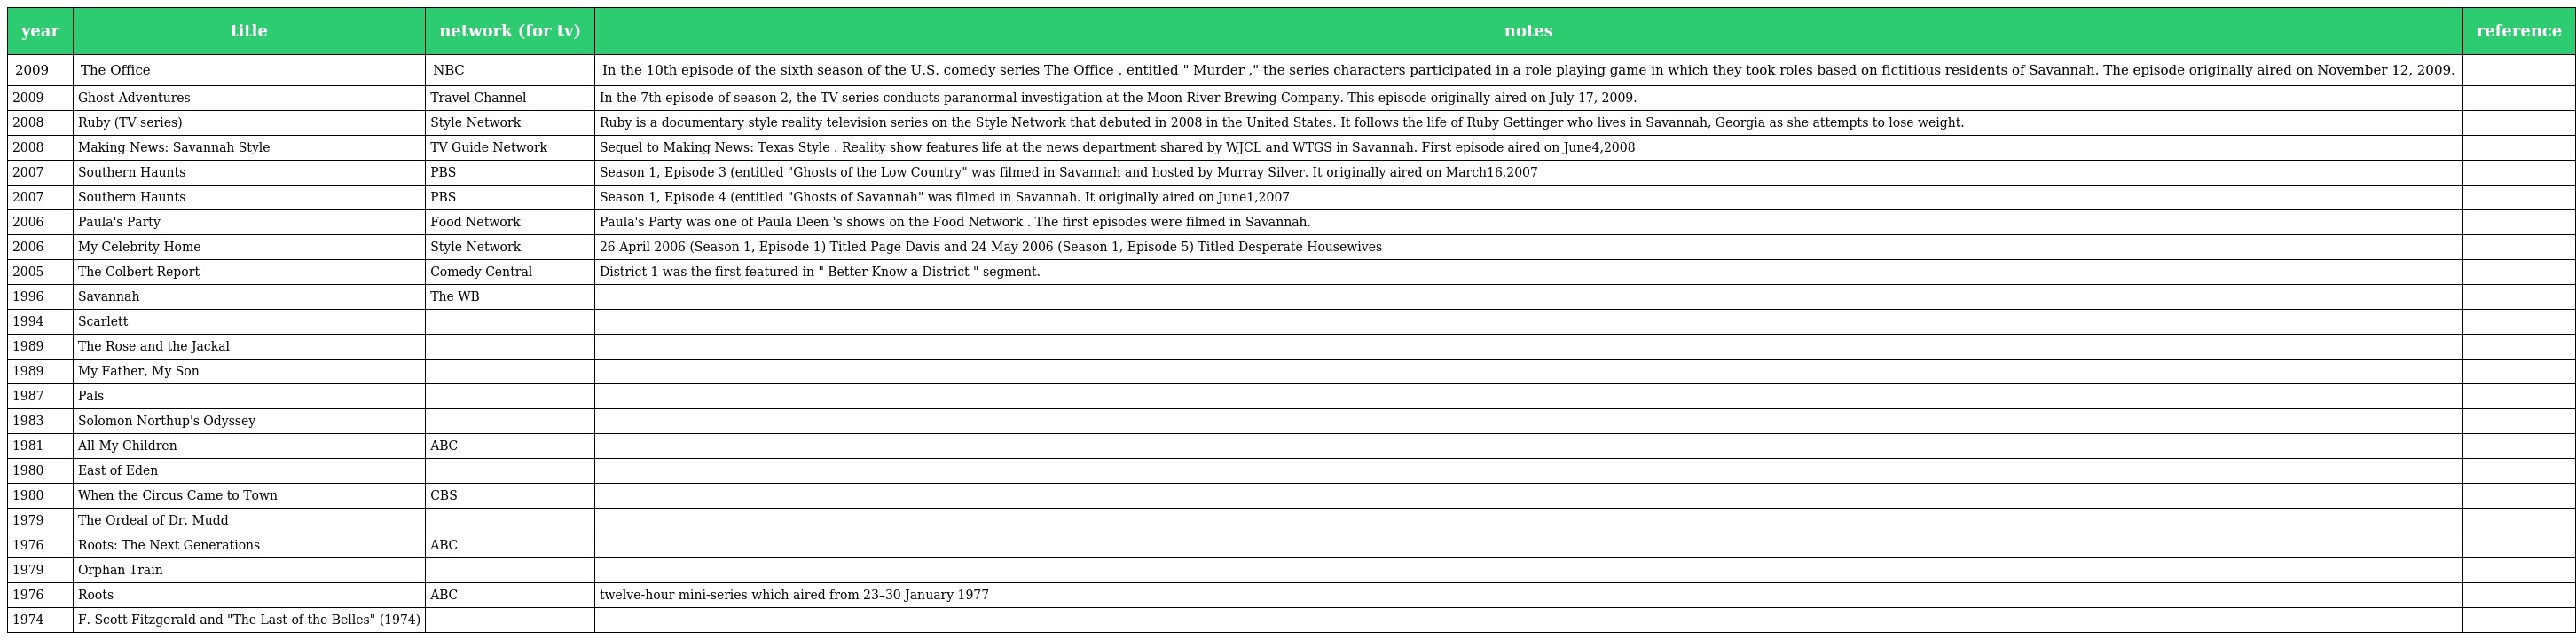
| year | title | network (for tv) | notes | reference |
 | --- | --- | --- | --- | --- |
 | 2009 | The Office | NBC | In the 10th episode of the sixth season of the U.S. comedy series The Office , entitled " Murder ," the series characters participated in a role playing game in which they took roles based on fictitious residents of Savannah. The episode originally aired on November 12, 2009. |  |
 | 2009 | Ghost Adventures | Travel Channel | In the 7th episode of season 2, the TV series conducts paranormal investigation at the Moon River Brewing Company. This episode originally aired on July 17, 2009. |  |
 | 2008 | Ruby (TV series) | Style Network | Ruby is a documentary style reality television series on the Style Network that debuted in 2008 in the United States. It follows the life of Ruby Gettinger who lives in Savannah, Georgia as she attempts to lose weight. |  |
 | 2008 | Making News: Savannah Style | TV Guide Network | Sequel to Making News: Texas Style . Reality show features life at the news department shared by WJCL and WTGS in Savannah. First episode aired on June4,2008 |  |
 | 2007 | Southern Haunts | PBS | Season 1, Episode 3 (entitled "Ghosts of the Low Country" was filmed in Savannah and hosted by Murray Silver. It originally aired on March16,2007 |  |
 | 2007 | Southern Haunts | PBS | Season 1, Episode 4 (entitled "Ghosts of Savannah" was filmed in Savannah. It originally aired on June1,2007 |  |
 | 2006 | Paula's Party | Food Network | Paula's Party was one of Paula Deen 's shows on the Food Network . The first episodes were filmed in Savannah. |  |
 | 2006 | My Celebrity Home | Style Network | 26 April 2006 (Season 1, Episode 1) Titled Page Davis and 24 May 2006 (Season 1, Episode 5) Titled Desperate Housewives |  |
 | 2005 | The Colbert Report | Comedy Central | District 1 was the first featured in " Better Know a District " segment. |  |
 | 1996 | Savannah | The WB |  |  |
 | 1994 | Scarlett |  |  |  |
 | 1989 | The Rose and the Jackal |  |  |  |
 | 1989 | My Father, My Son |  |  |  |
 | 1987 | Pals |  |  |  |
 | 1983 | Solomon Northup's Odyssey |  |  |  |
 | 1981 | All My Children | ABC |  |  |
 | 1980 | East of Eden |  |  |  |
 | 1980 | When the Circus Came to Town | CBS |  |  |
 | 1979 | The Ordeal of Dr. Mudd |  |  |  |
 | 1976 | Roots: The Next Generations | ABC |  |  |
 | 1979 | Orphan Train |  |  |  |
 | 1976 | Roots | ABC | twelve-hour mini-series which aired from 23–30 January 1977 |  |
 | 1974 | F. Scott Fitzgerald and "The Last of the Belles" (1974) |  |  |  |